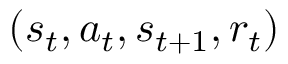
( s _ { t } , a _ { t } , s _ { t + 1 } , r _ { t } )